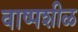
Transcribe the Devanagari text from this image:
वाष्पशीळ